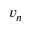
v _ { n }